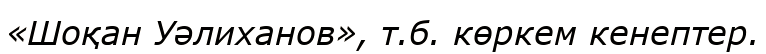
«Шоқан Уәлиханов», т.б. көркем кенептер.